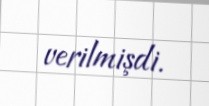
verilmişdi.